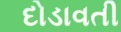
દોડાવતી